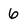
Character: 6